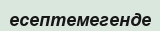
есептемегенде